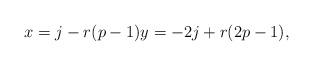
LaTeX: \begin{align*}x = j - r(p-1) y = -2j + r(2p-1), \end{align*}